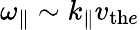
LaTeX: {\omega_{\parallel}}\sim k_{\parallel}v_{\mathrm{th}e}